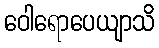
ဝေါရောပေယျာသိ